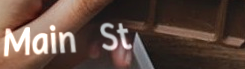
Main St